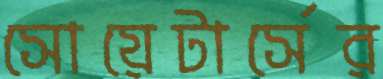
সোয়েটার্সের